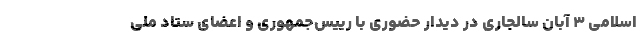
اسلامی ۳ آبان سالجاری در دیدار حضوری با رییس‌جمهوری و اعضای ستاد ملی